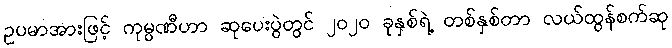
ဥပမာအားဖြင့် ကုမ္ပဏီဟာ ဆုပေးပွဲတွင် ၂၀၂၀ ခုနှစ်ရဲ့ တစ်နှစ်တာ လယ်ထွန်စက်ဆု